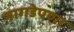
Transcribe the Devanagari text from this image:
नागडेपणा